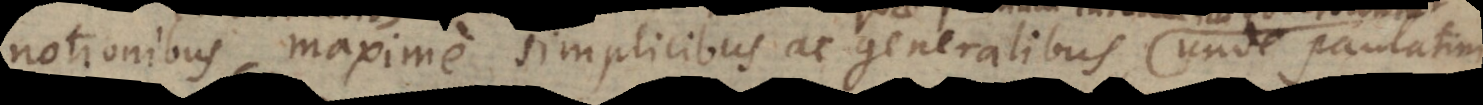
a maxime simplicibus ac generalibus, unde paulatim